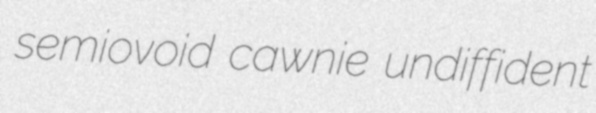
semiovoid cawnie undiffident